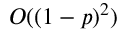
O ( ( 1 - p ) ^ { 2 } )